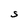
Character: S